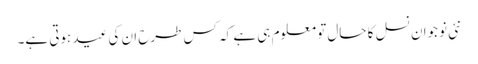
نئی نوجوان نسل کا حال تو معلوم ہی ہے کہ کس طرح ان کی عید ہوتی ہے۔